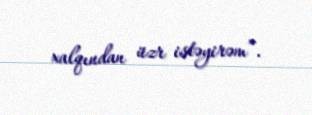
xalqından üzr istəyirəm”.